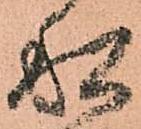
私